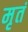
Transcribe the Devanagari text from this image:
मृतं